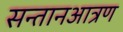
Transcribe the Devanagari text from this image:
सन्तानआत्रण